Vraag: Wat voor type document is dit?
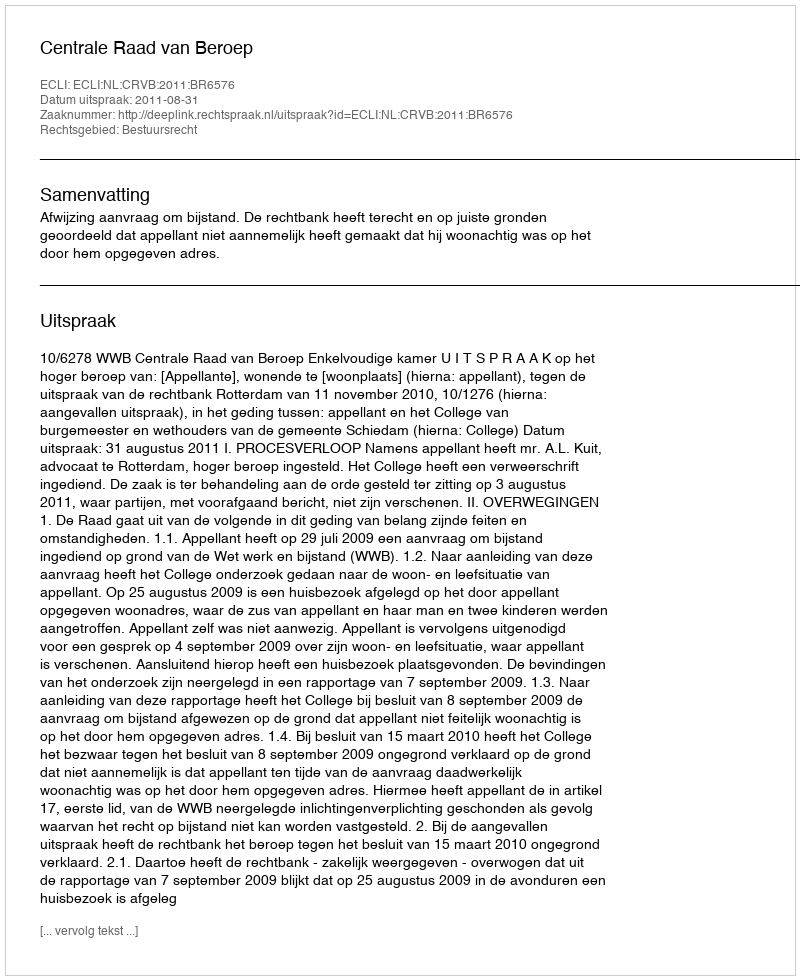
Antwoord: Uitspraak